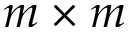
m \times m